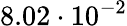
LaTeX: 8.02\cdot 10^{-2}